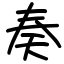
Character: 奏